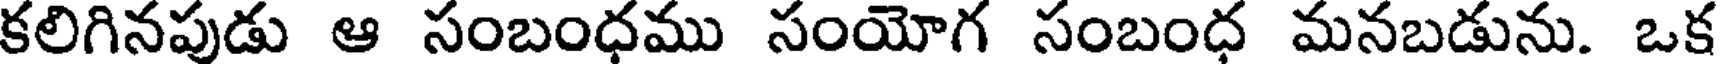
కలిగినపుడు ఆ సంబంధము సంయోగ సంబంధ మనబడును. ఒక